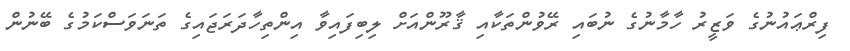
ފިރްޢައުނުގެ ވަޒީރު ހާމާނުގެ ނުބައި ރޭވުންތަކާއި ޤާރޫންއަށް ލިބިފައިވާ އިންތިހާދަރަޖައިގެ ތަނަވަސްކަމުގެ ބޭނުން